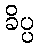
ခိပ္ပ